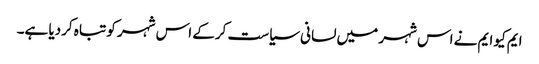
ایم کیو ایم نے اس شہر میں لسانی سیاست کرکے اس شہر کو تباہ کردیا ہے۔